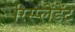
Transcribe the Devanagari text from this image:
रिस्प्लेंडेंट